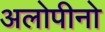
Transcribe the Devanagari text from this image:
अलोपीनो